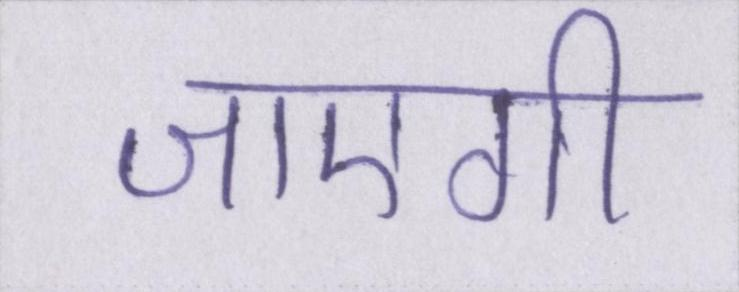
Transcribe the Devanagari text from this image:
जाएगी